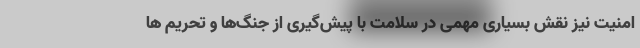
امنیت نیز نقش بسیاری مهمی در سلامت با پیش‌گیری از جنگ‌ها و تحریم ها